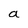
Character: a